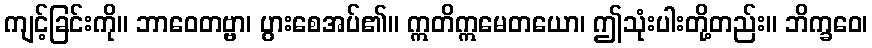
ကျင့်ခြင်းကို။ ဘာဝေတဗ္ဗာ၊ ပွားစေအပ်၏။ ဣတိဣမေတယော၊ ဤသုံးပါးတို့တည်း။ ဘိက္ခဝေ၊